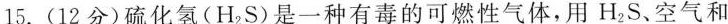
15.(12分)硫化氢(H_{2}S)是一种有毒的可燃性气体，用H_{2}S、空气和